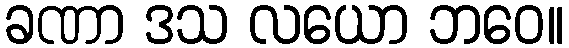
ခဏာ ဒသ လယော ဘဝေ။